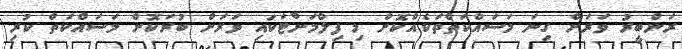
ރަންބީރު ވަރަށް ގިނަ މަސައްކަތްތަކެއްކޮށް މި ފިލްމަށްޓަކައި ވަރަށް ބުރަކޮށް މަސައްކަތް ކުރި